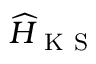
\widehat { H } _ { \mathrm { ~ K ~ S ~ } }